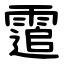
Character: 䨨